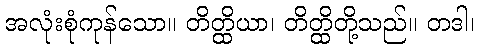
အလုံးစုံကုန်သော။ တိတ္ထိယာ၊ တိတ္ထိတို့သည်။ တဒါ၊